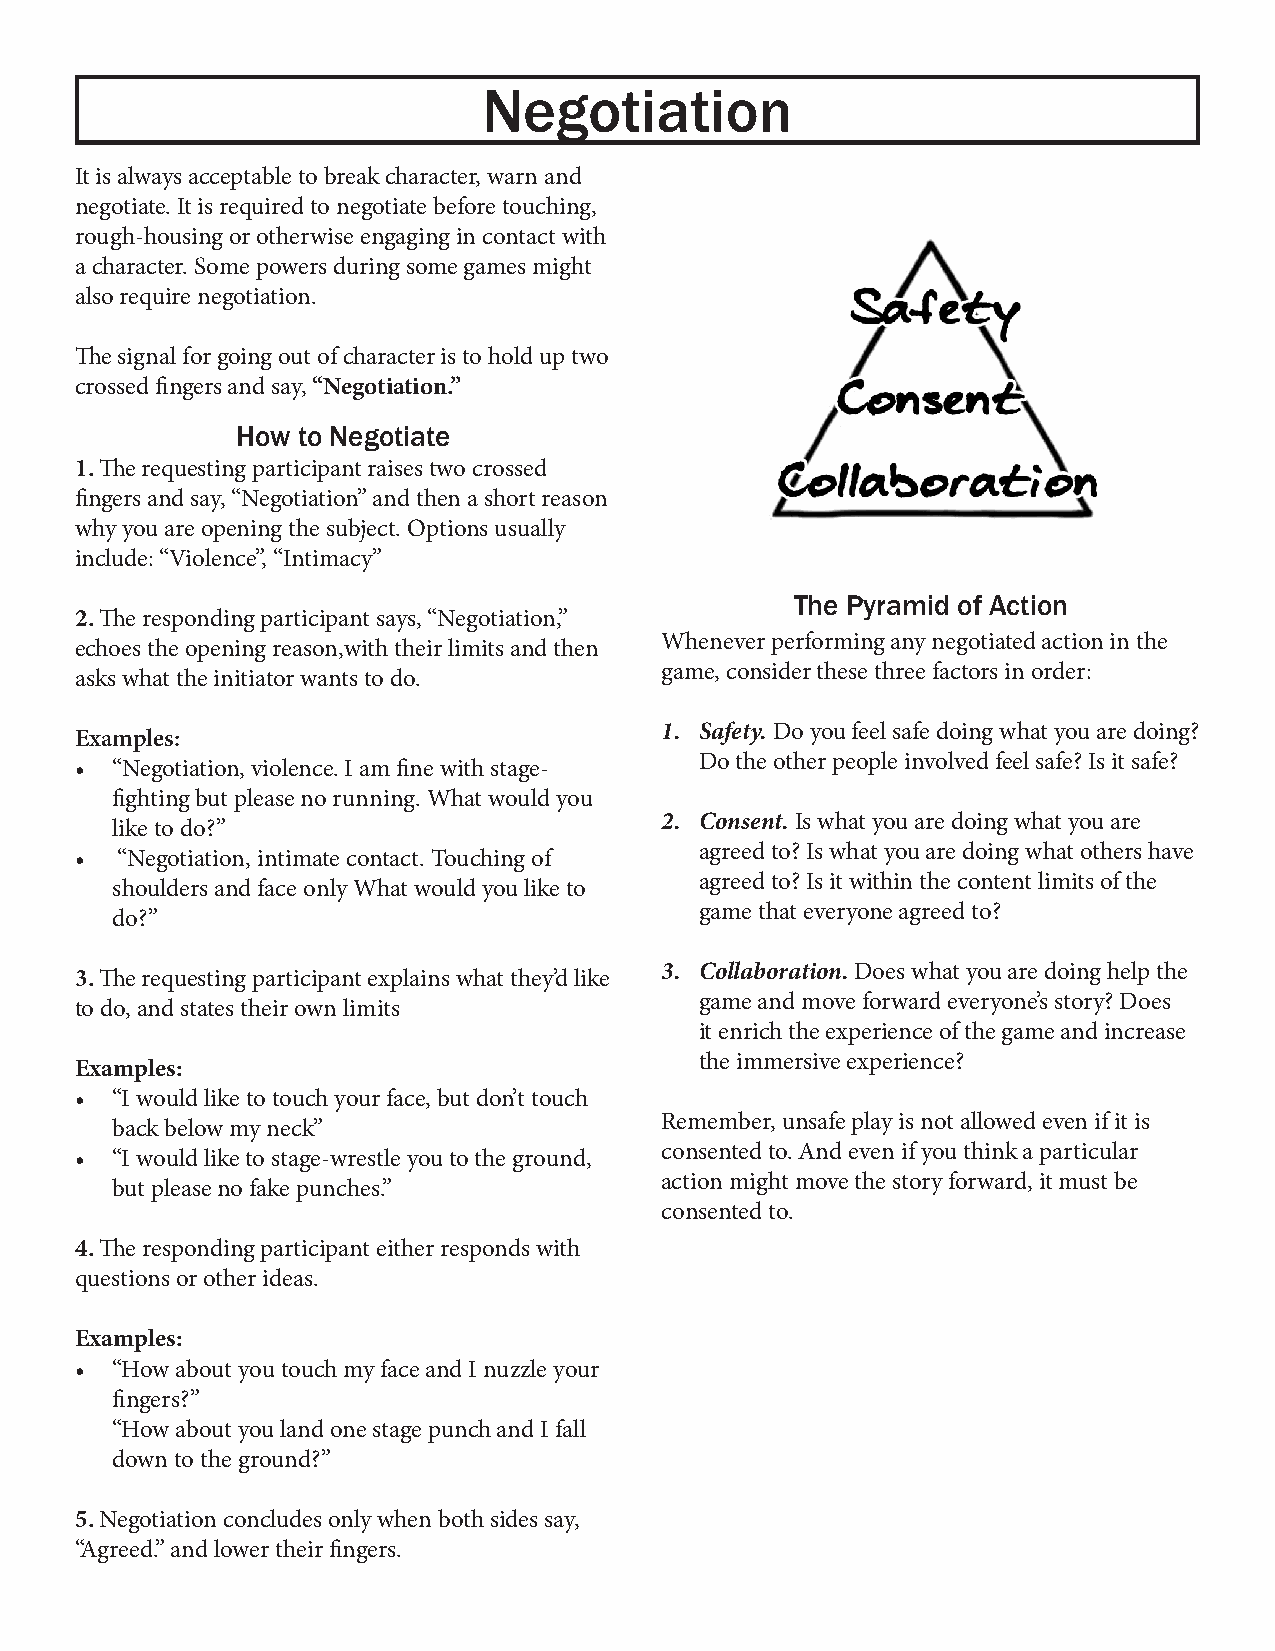
Negotiation
 It is always acceptable to break character, warn and
 negotiate. It is required to negotiate before touching,
 rough-housing or otherwise engaging in contact with
 a character. Some powers during some games might
 also require negotiation.
 The signal for going out of character is to hold up two
 crossed fingers and say, “Negotiation.”
 How to Negotiate
 1. The requesting participant raises two crossed
 fingers and say, “Negotiation” and then a short reason
 why you are opening the subject. Options usually
 include: “Violence”, “Intimacy”
 The Pyramid of Action
 2. The responding participant says, “Negotiation,”
 Whenever performing any negotiated action in the
 echoes the opening reason,with their limits and then
 game, consider these three factors in order:
 asks what the initiator wants to do.
 1. Safety. Do you feel safe doing what you are doing?
 Examples:
 Do the other people involved feel safe? Is it safe?
 • “Negotiation, violence. I am fine with stage-
 fighting but please no running. What would you
 2. Consent. Is what you are doing what you are
 like to do?”
 agreed to? Is what you are doing what others have
 •  “Negotiation, intimate contact. Touching of
 agreed to? Is it within the content limits of the
 shoulders and face only What would you like to
 game that everyone agreed to?
 do?”
 3. Collaboration. Does what you are doing help the
 3. The requesting participant explains what they’d like
 game and move forward everyone’s story? Does
 to do, and states their own limits
 it enrich the experience of the game and increase
 the immersive experience?
 Examples:
 • “I would like to touch your face, but don’t touch
 Remember, unsafe play is not allowed even if it is
 back below my neck”
 consented to. And even if you think a particular
 • “I would like to stage-wrestle you to the ground,
 action might move the story forward, it must be
 but please no fake punches.”
 consented to.
 4. The responding participant either responds with
 questions or other ideas.
 Examples:
 • “How about you touch my face and I nuzzle your
 fingers?”
 “How about you land one stage punch and I fall
 down to the ground?”
 5. Negotiation concludes only when both sides say,
 “Agreed.” and lower their fingers.